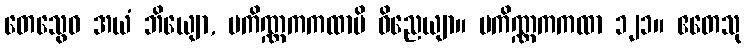
တေသွေဝ အယံ ဘိယျော, ပကိဏ္ဏကကထာပိ ဝိညေယျာ။ ပကိဏ္ဏကကထာ ၁၂၁။ ဧတေသု